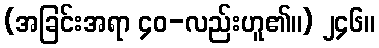
(အခြင်းအရာ ၄၀-လည်းဟူ၏။) ၂၄၆။